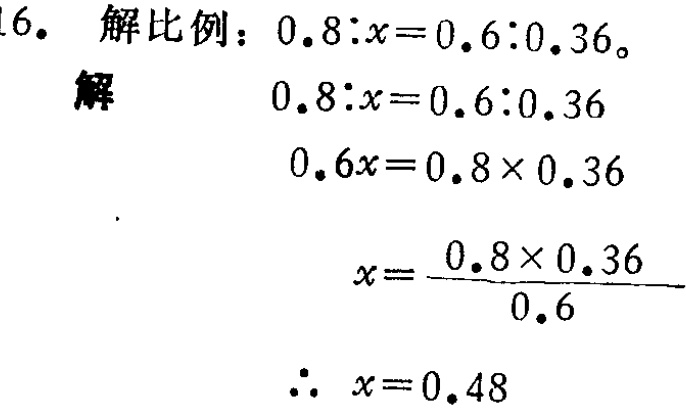
16. 解比例：\(0.8:x = 0.6:0.36\)。

解

\[

\begin{align*}

0.8:x&=0.6:0.36\\

0.6x&=0.8\times0.36\\

x&=\frac{0.8\times0.36}{0.6}\\

\therefore x&= 0.48

\end{align*}

\]